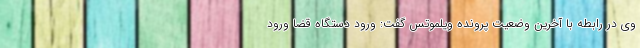
وی در رابطه با آخرین وضعیت پرونده ویلموتس گفت: ورود دستگاه قضا ورود